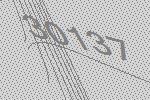
30137